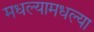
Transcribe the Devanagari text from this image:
मधल्यामधल्या